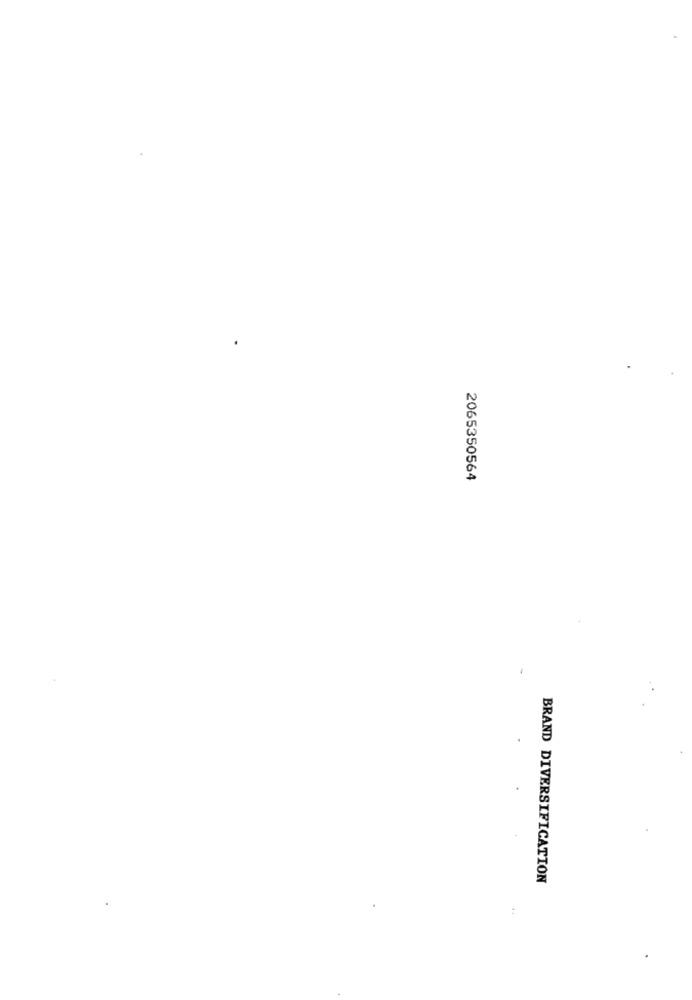
2065350564
BRAND DIVERSIFICATION